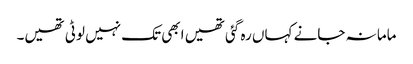
ماما نہ جانے کہاں رہ گئی تھیں ابھی تک نہیں لوٹی تھیں۔